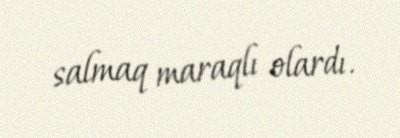
salmaq maraqlı olardı.